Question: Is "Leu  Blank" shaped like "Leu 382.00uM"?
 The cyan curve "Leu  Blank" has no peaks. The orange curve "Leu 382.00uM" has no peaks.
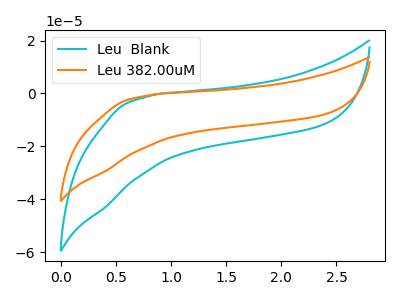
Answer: <think>Neither "Leu  Blank" or "Leu 382.00uM" have any peaks.
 </think>
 <answer>"Leu  Blank" and "Leu 382.00uM" are similar in shape.</answer>
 <eval>same_shape</eval>